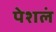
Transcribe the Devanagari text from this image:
पेशलं